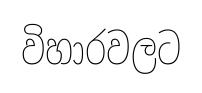
විහාරවලට